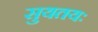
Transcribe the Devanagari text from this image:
सुयतयः